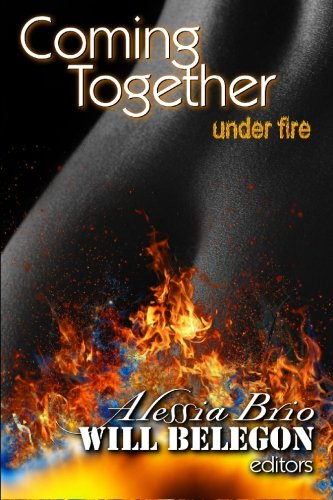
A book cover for Coming Together: Under Fire; Alessia Brio; Romance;